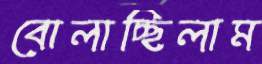
বোলাচ্ছিলাম